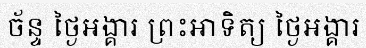
ច័ន្ទ ថ្ងៃអង្គារ ព្រះអាទិត្យ ថ្ងៃអង្គារ